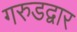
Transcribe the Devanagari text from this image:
गरुडद्वार